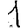
Digit: 1